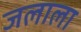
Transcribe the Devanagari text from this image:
जलाला